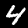
Digit: 4